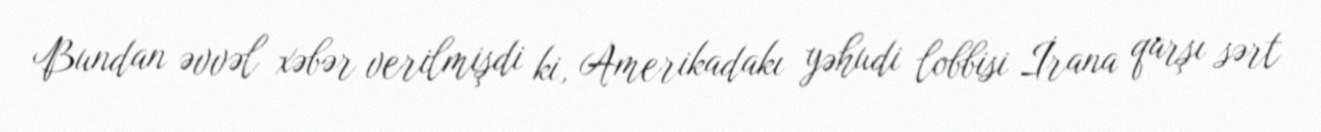
Bundan əvvəl xəbər verilmişdi ki, Amerikadakı yəhudi lobbisi İrana qarşı sərt